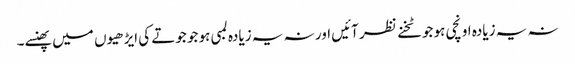
نہ یہ زیادہ اونچی ہو جو ٹخنے نظر آئیں اور نہ یہ زیادہ لمبی ہو جو جوتے کی ایڑھیوں میں پھنسے۔